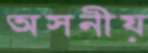
অসনীয়